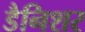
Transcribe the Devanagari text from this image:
डैनिशर